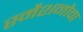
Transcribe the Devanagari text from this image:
स्मैशनोवा